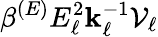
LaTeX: \beta^{(E)}E_{\ell}^{2}\mathbf{k}_{\ell}^{-1}\mathcal{{V}}_{\ell}